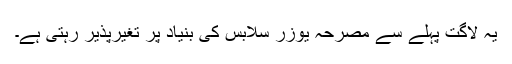
یہ لاگت پہلے سے مصرحہ یوزر سلابس کی بنیاد پر تغیرپذیر رہتی ہے۔